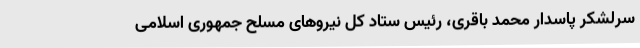
سرلشکر پاسدار محمد باقری، رئیس ستاد کل نیروهای مسلح جمهوری اسلامی